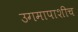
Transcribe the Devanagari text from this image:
उगमापाशीच